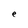
Character: e